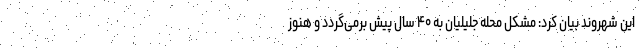
این شهروند بیان کرد: مشکل محله جلیلیان به ۴۰ سال پیش برمی‌گردد و هنوز